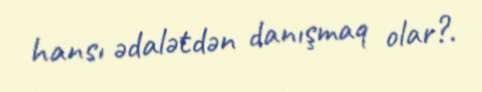
hansı ədalətdən danışmaq olar?.